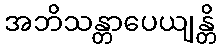
အဘိသန္တာပေယျန္တိ